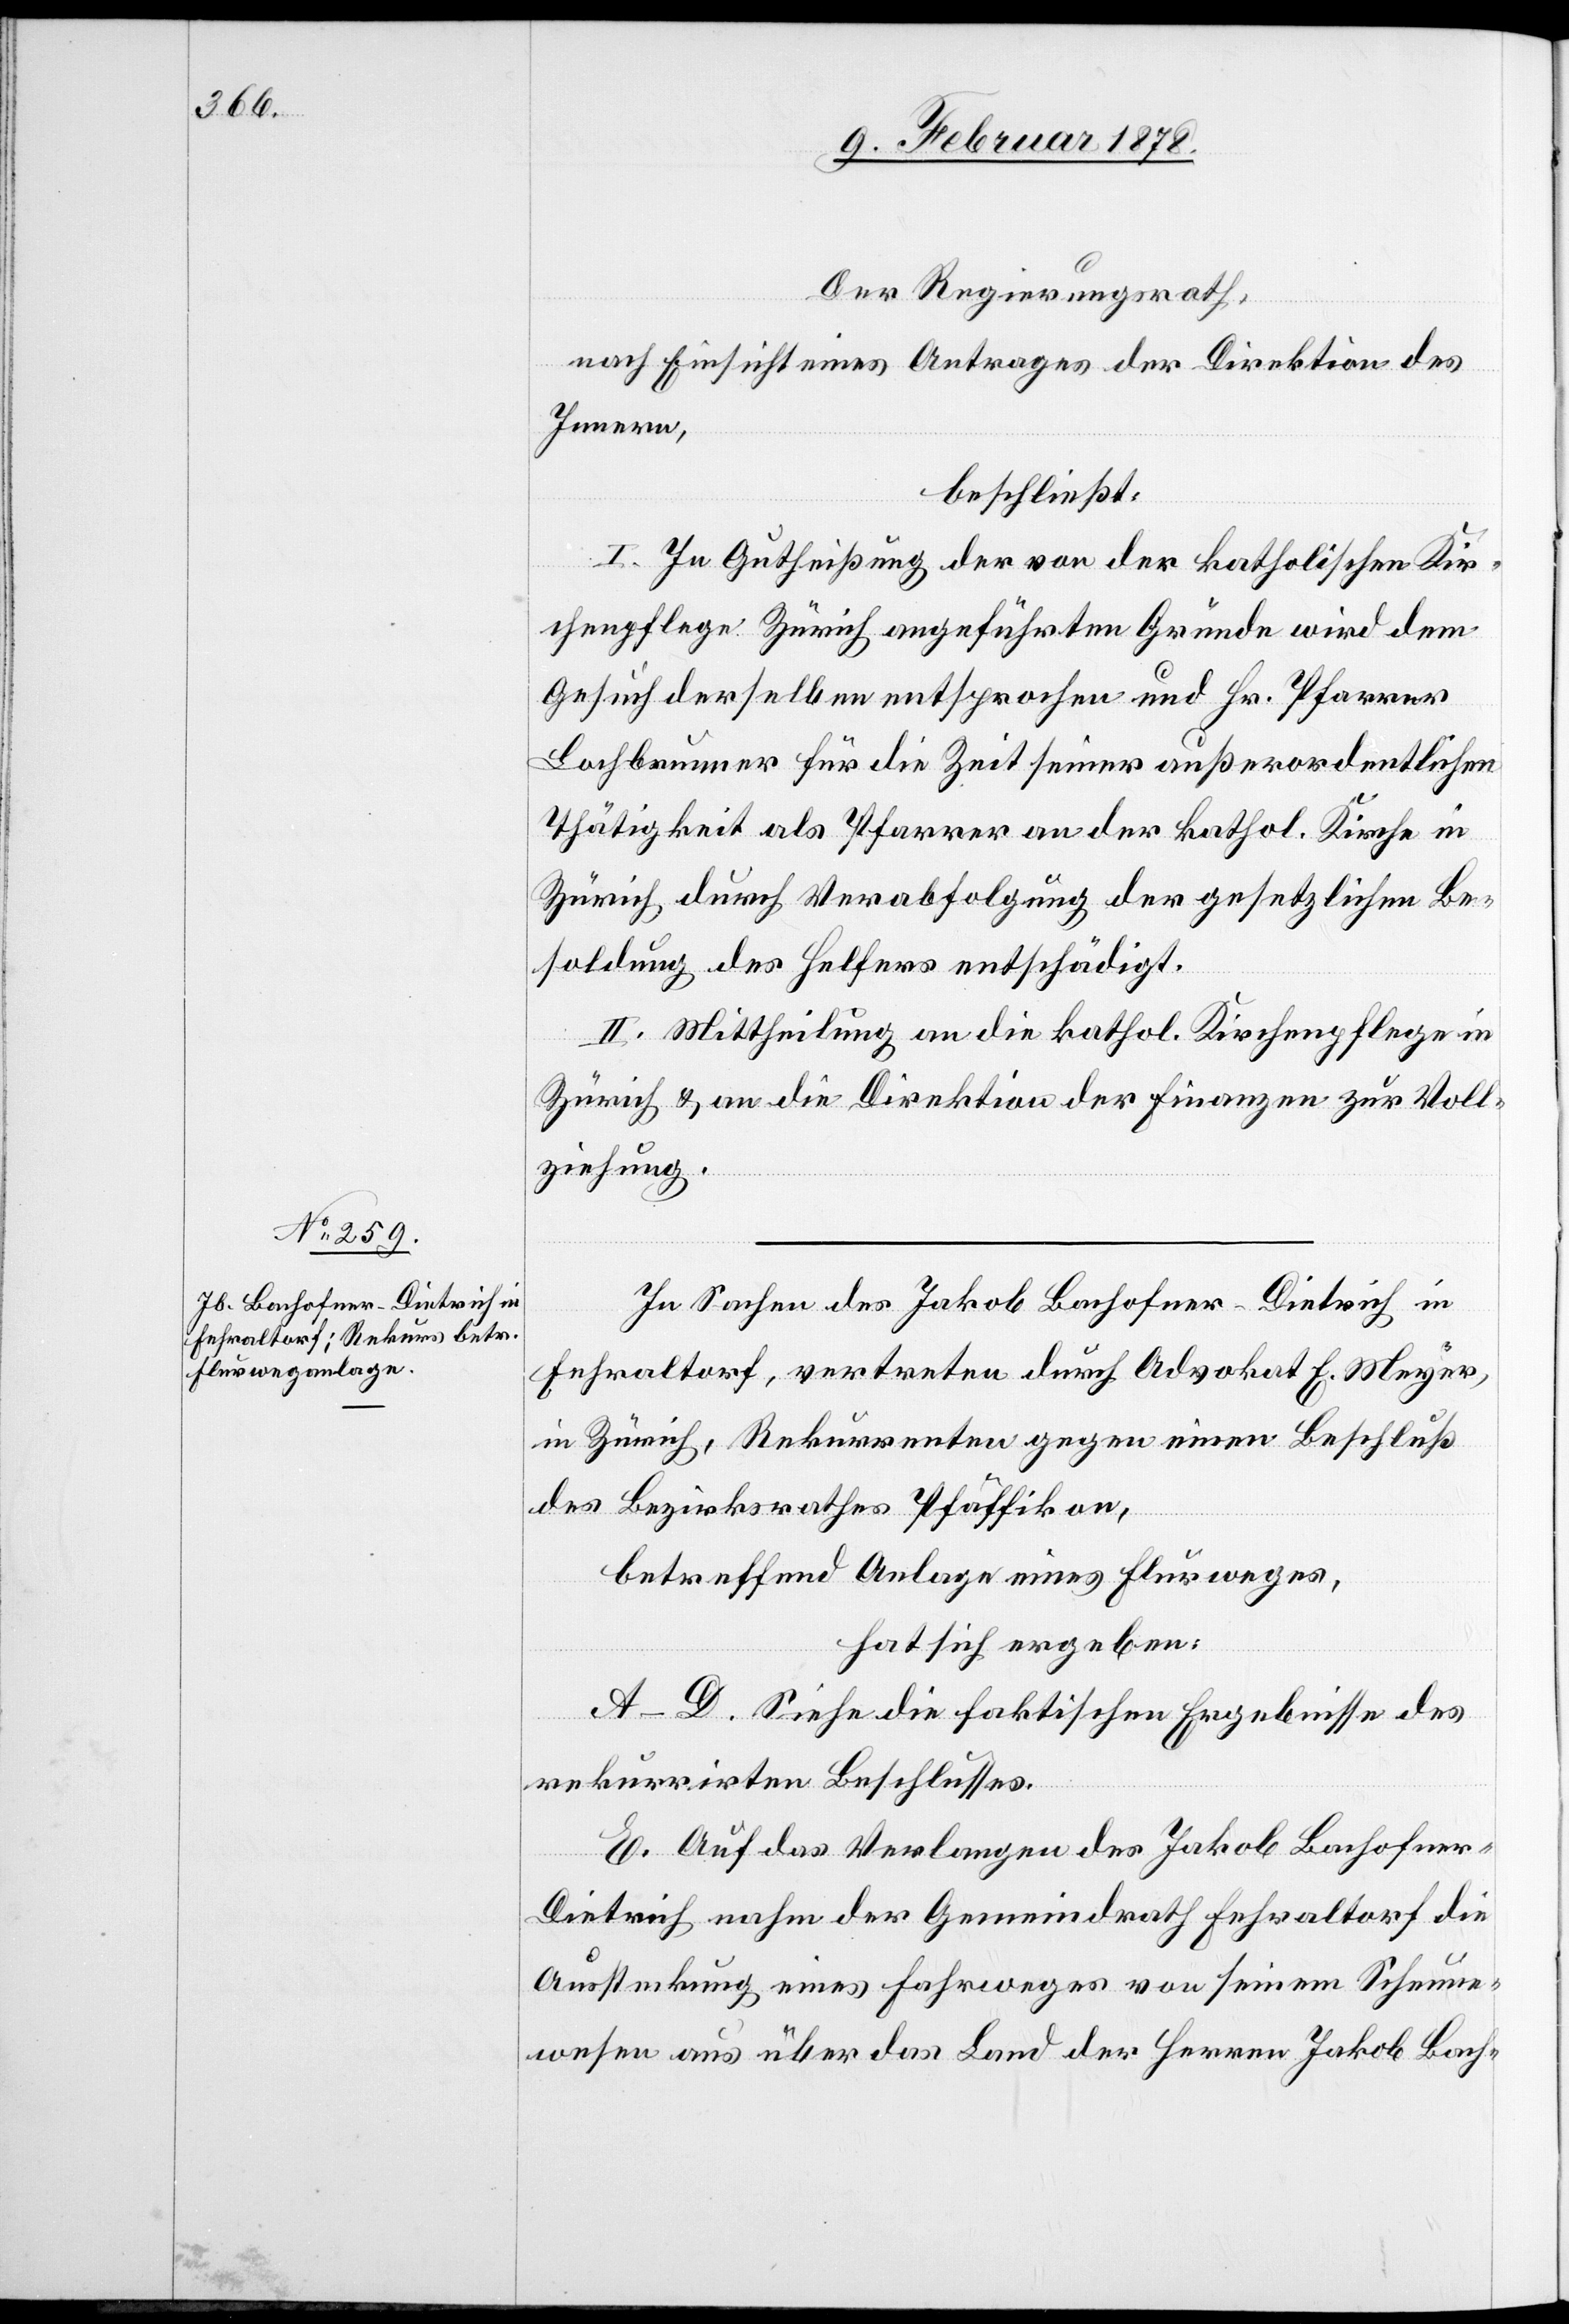
Der Regierungsrath
nach Einsicht eines Antrages der Direktion des
Innern,
beschließt:
I. In Gutheißung der von der katholischen Kir¬
chenpflege Zürich angeführten Gründe wird dem
Gesuch derselben entsprochen und Hr. Pfarrer
Lochbrunner für die Zeit seiner außerordentlichen
Thätigkeit als Pfarrer an der kathol. Kirche in
Zürich durch Verabfolgung der gesetzlichen Be¬
soldung des Helfers entschädigt.
II. Mittheilung an die kathol. Kirchenpflege in
Zürich & an die Direktion der Finanzen zur Voll¬
ziehung.
In Sachen des Jakob Bachofner-Dietrich in
Fehraltorf, vertreten durch Advokat E. Meyer,
in Zürich, Rekurrenten gegen einen Beschluß
des Bezirksrathes Pfäffikon,
betreffend Anlage eines Flurweges,
hat sich ergeben:
A–D. Siehe die faktischen Ergebnisse des
rekurrirten Beschlusses.
E. Auf das Verlangen des Jakob Bachofner-D¬
ietrich nahm der Gemeindrath Fehraltorf die
Aussteckung eines Fahrweges von seinem Scheune¬
wesen aus über das Land der Herren Jakob Bach-